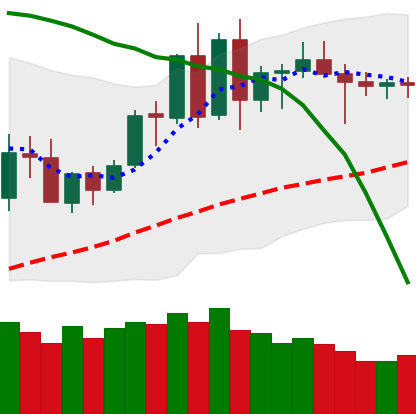
Ticker: BNB-USD
Chart end date: 2020-06-10
Forward return: -5.891%
Label: down_5_7